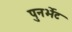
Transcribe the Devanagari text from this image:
पुनर्भेट